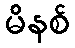
မိနစ်